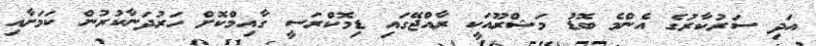
އަދި ސަރުކާރުގެ އެންމެ ބޮޑު މަޝްރޫއަކީ ރާއްޖޭގައި ޑިމޮކްރަސީ ގާއިމްކޮށް ހަރުދަނާކުރުން ކަމަށާއި